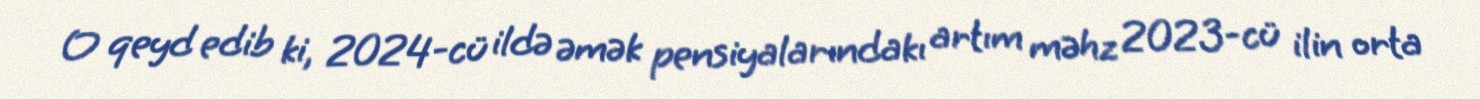
O qeyd edib ki, 2024-cü ildə əmək pensiyalarındakı artım məhz 2023-cü ilin orta